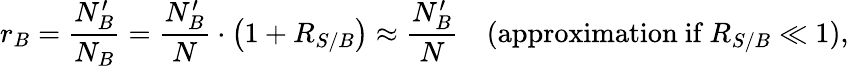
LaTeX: r_{B}=\frac{N_{B}^{\prime}}{N_{B}}=\frac{N_{B}^{\prime}}{N}\cdot\left(1+R_{S/B}\right)\approx\frac{N_{B}^{\prime}}{N}\quad(\mathrm{approximation\ if}\: R_{S/B}\ll 1),